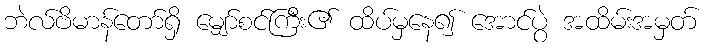
ဘဲလ်ဗိမာန်တော်ရှိ မျှော်စင်ကြီး၏ ထိပ်မှနေ၍ အောင်ပွဲ အထိမ်းအမှတ်